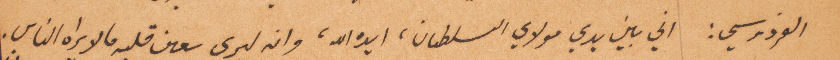
الفردوسي: اني بين يدي مولاي السلطان، ايده الله، وانه ليرى بعين قلبه ما لا يراه الناس